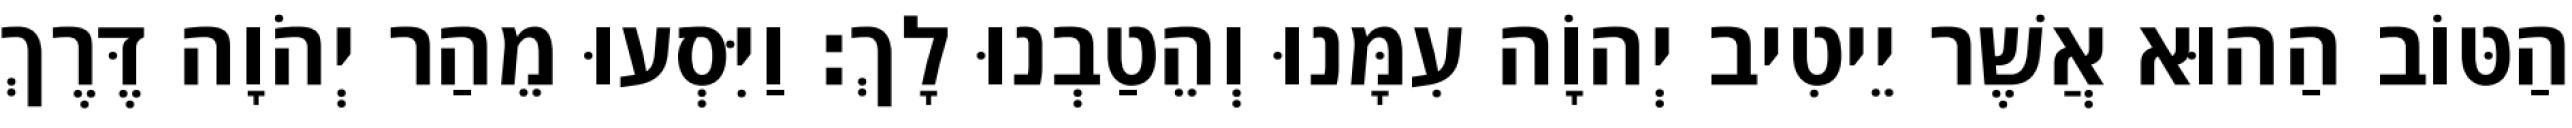
הַטּוֹב הַהוּא אֲשֶׁר יֵיטִיב יְהוָֹה עִמָּנוּ וְהֵטַבְנוּ לָךְ׃ וַיִּסְעוּ מֵהַר יְהֹוָה דֶּרֶךְ